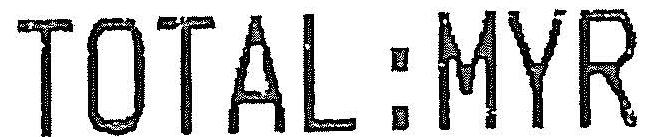
TOTAL:MYR